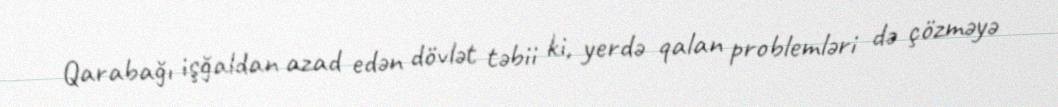
Qarabağı işğaldan azad edən dövlət təbii ki, yerdə qalan problemləri də çözməyə